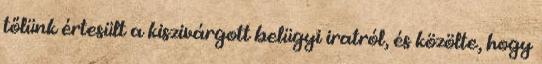
tőlünk értesült a kiszivárgott belügyi iratról, és közölte, hogy